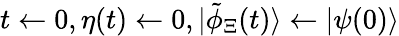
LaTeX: t\gets 0,\eta(t)\gets 0,|\tilde{\phi}_{\Xi}(t)\rangle\gets|\psi(0)\rangle